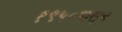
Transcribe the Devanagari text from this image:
१९५०पासून